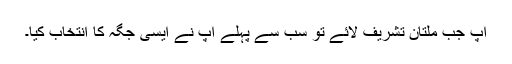
آپ جب ملتان تشریف لائے تو سب سے پہلے آپ نے ایسی جگہ کا انتخاب کیا۔